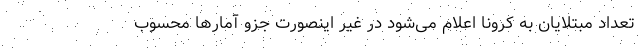
تعداد مبتلایان به کرونا اعلام می‌شود در غیر اینصورت جزو آمار‌ها محسوب